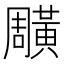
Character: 𪏎